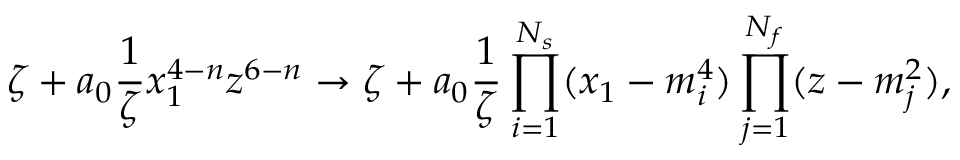
\zeta + a _ { 0 } \frac { 1 } { \zeta } x _ { 1 } ^ { 4 - n } z ^ { 6 - n } \to \zeta + a _ { 0 } \frac { 1 } { \zeta } \prod _ { i = 1 } ^ { N _ { s } } ( x _ { 1 } - m _ { i } ^ { 4 } ) \prod _ { j = 1 } ^ { N _ { f } } ( z - m _ { j } ^ { 2 } ) ,